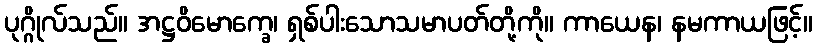
ပုဂ္ဂိုလ်သည်။ အဋ္ဌဝိမောက္ခေ၊ ရှစ်ပါးသောသမာပတ်တို့ကို။ ကာယေန၊ နမကာယဖြင့်။